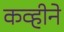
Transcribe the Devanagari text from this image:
कव्हीने